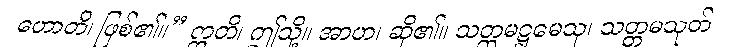
ဟောတိ၊ ဖြစ်၏။” ဣတိ၊ ဤသို့။ အာဟ၊ ဆို၏။ သတ္တမဋ္ဌမေသု၊ သတ္တမသုတ်